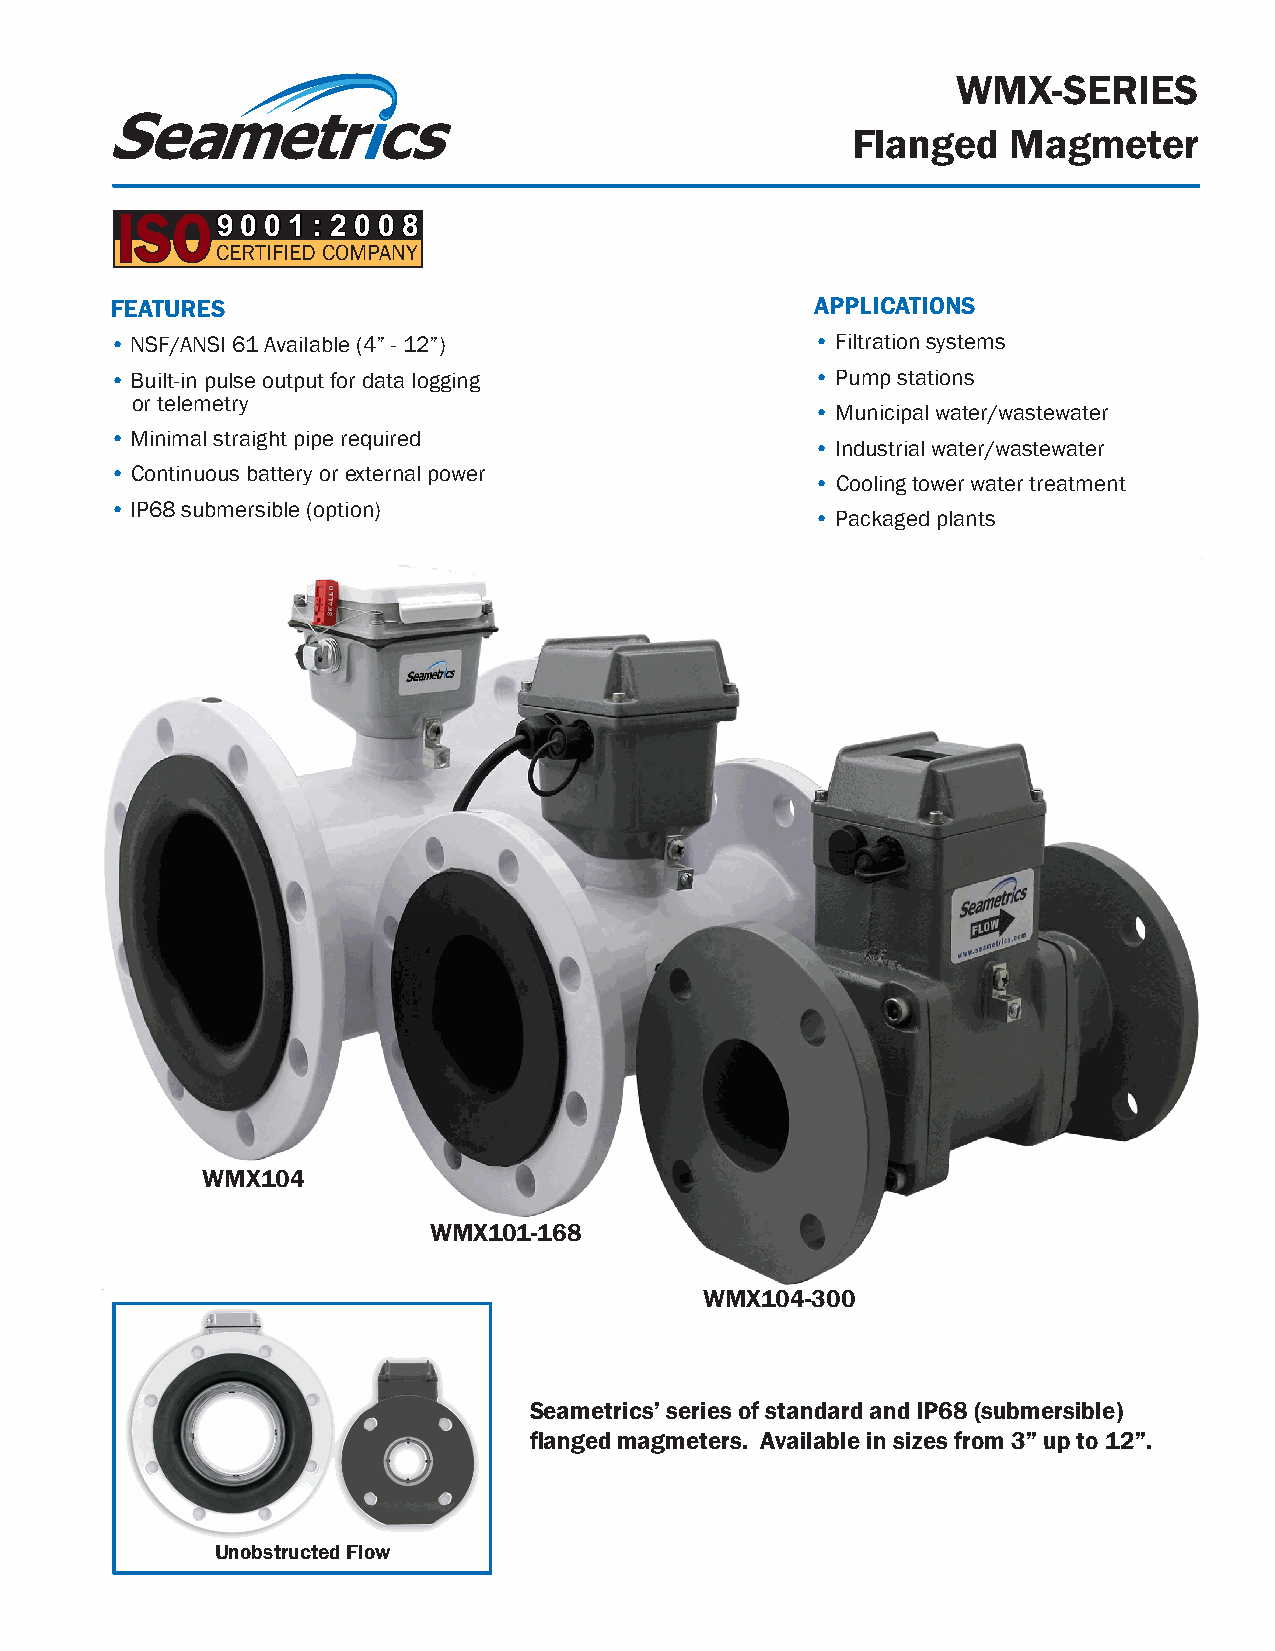
WMX-SERIES
 Flanged    Magmeter
 ISO9    0 0 1 : 2 0 0 8
 CERTIFIED COMPANY
 FEATURES                                       APPLICATIONS
 • NSF/ANSI 61 Available (4” - 12”)             • Filtration systems
 • Built-in pulse output for data logging       • Pump stations
 or telemetry
 • Municipal water/wastewater
 • Minimal straight pipe required
 • Industrial water/wastewater
 • Continuous battery or external power
 • Cooling tower water treatment
 • IP68 submersible (option)
 • Packaged plants
 WMX104
 WMX101-168
 WMX104-300
 Seametrics’ series of standard and IP68 (submersible)
 flanged magmeters. Available in sizes from 3” up to 12”.
 Unobstructed Flow